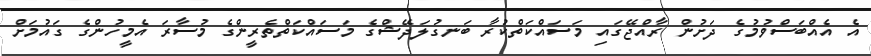
އެ އެއްބަސްވުމުގެ ދަށުން ރާއްޖޭގައި މަސައްކަތްކުރާ ބަނގުލަދޭޝްގެ މަސައްކަތްތެރީންގެ މުސާރަ އެމީހުންގެ ގައުމަށް